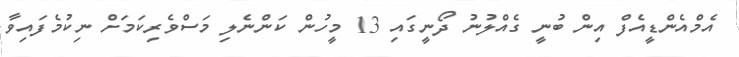
އެމްއެންޑީއެފް އިން ބުނީ ގެއްލުނު ދޯނީގައި 13 މީހުން ކަންނެލި މަސްވެރިކަމަށް ނިކުމެފައިވާ